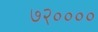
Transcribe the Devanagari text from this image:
७२००००